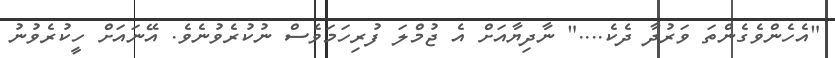
"އެހެންވެގެންތަ ވަރުދާ ދެކެ...." ނާދިޔާއަށް އެ ޖުމްލަ ފުރިހަމަވެސް ނުކުރެވުނެވެ. އޭނައަށް ހީކުރެވުނު